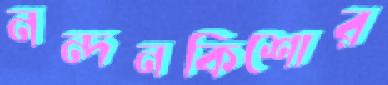
নন্দনকিশোর